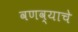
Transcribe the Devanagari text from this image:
वणव्याचे